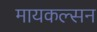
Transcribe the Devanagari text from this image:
मायकल्सन